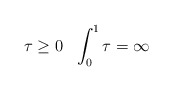
\begin{align*} \tau\ge 0 \ \ \int_0^1 \tau=\infty \end{align*}